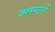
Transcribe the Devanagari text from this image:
क्लस्टरों